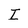
Character: I